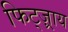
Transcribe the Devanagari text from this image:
फिट्ज़्राय